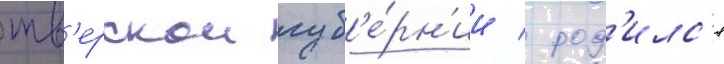
тв'ерскои губ'е́рн'ии / род'илс'я